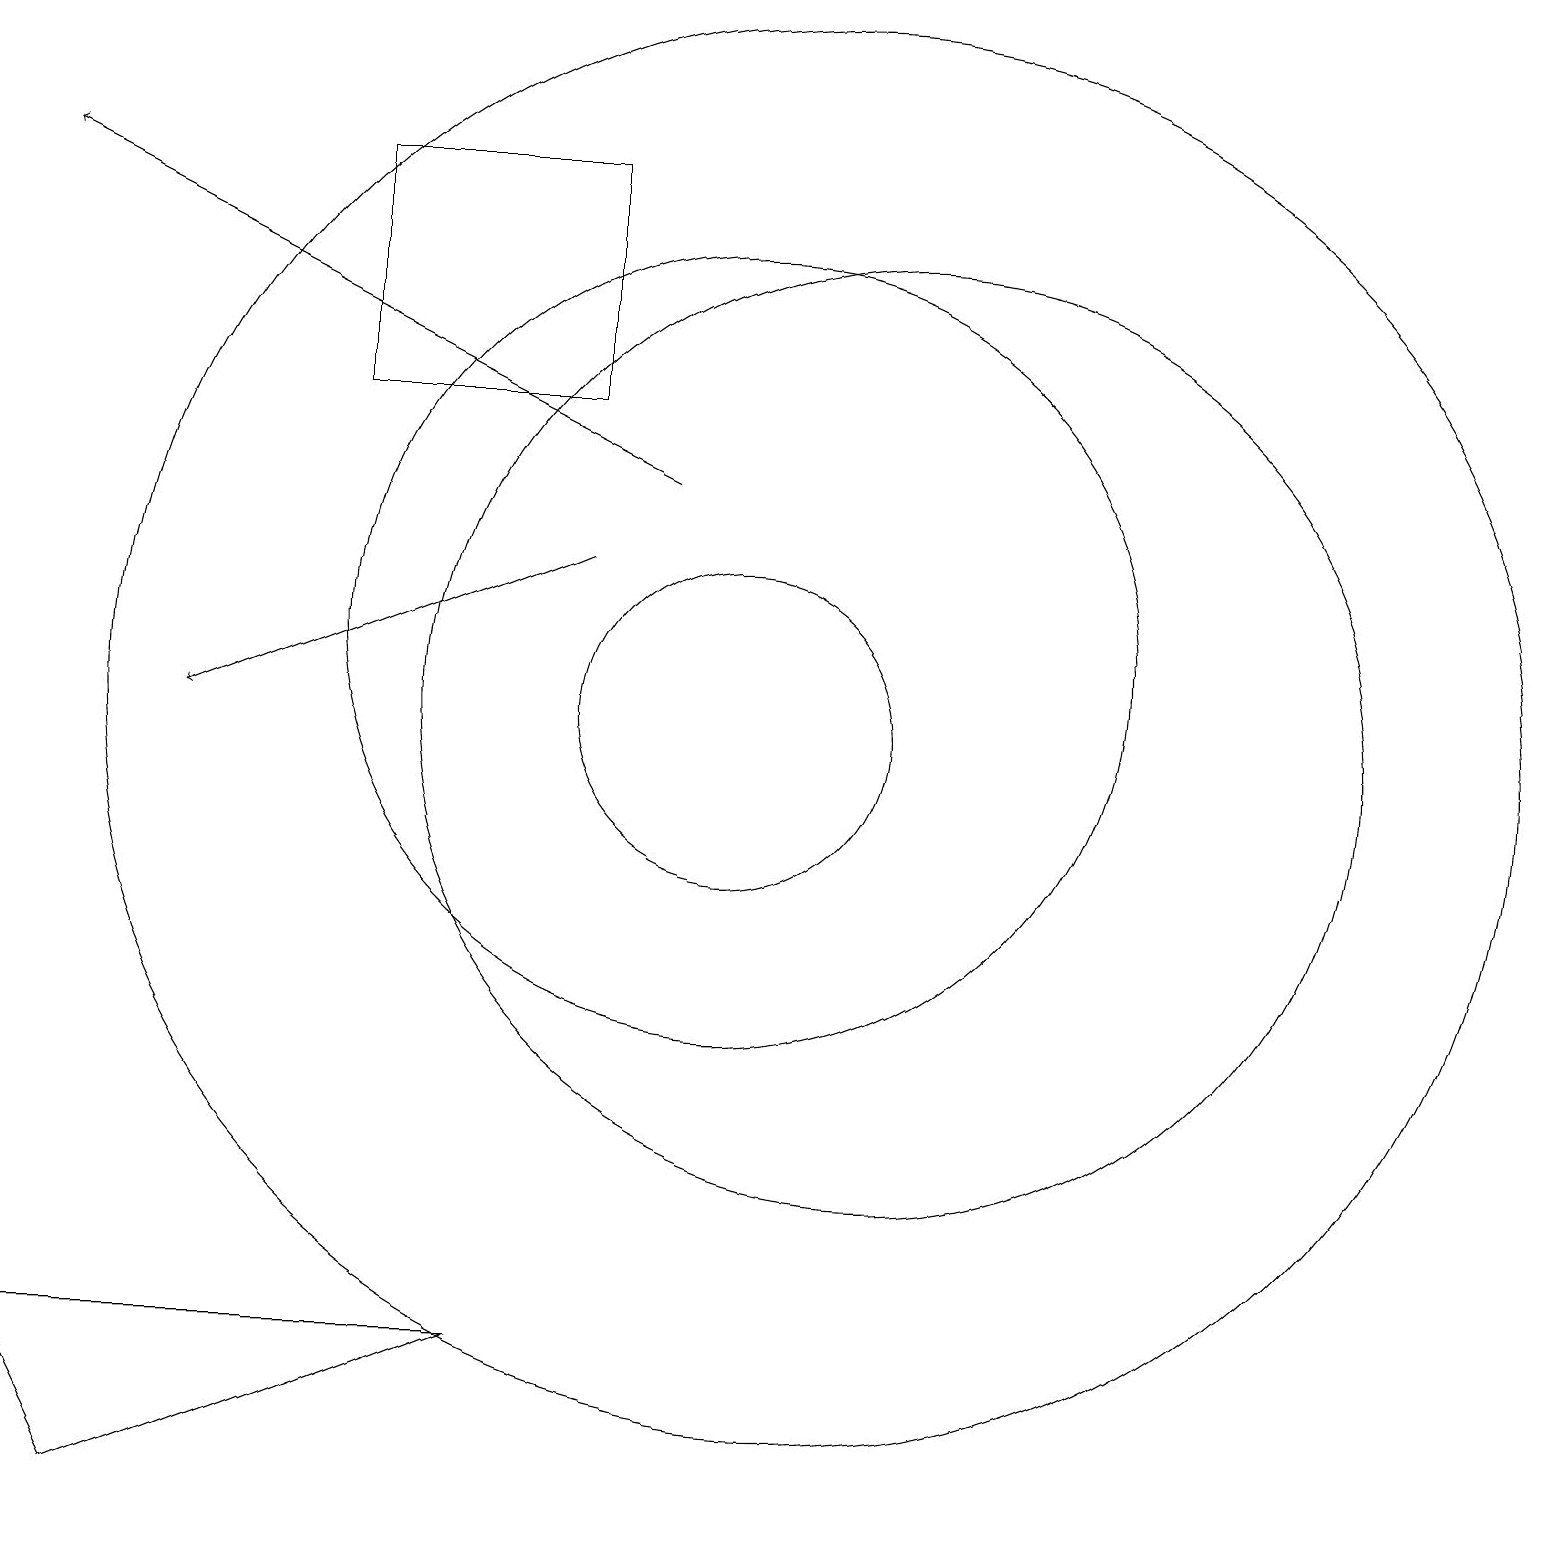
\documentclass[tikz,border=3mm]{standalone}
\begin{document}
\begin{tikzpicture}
\draw (11,10) circle (9);
\draw[->] (9,13) -- (1,17);
\draw (7,2) -- (1,2) -- (2,0) -- cycle;
\draw (10,11) circle (5);
\draw (12,10) circle (6);
\draw[->] (8,12) -- (3,10);
\draw (5,14) rectangle (8,17);
\draw (10,10) circle (2);
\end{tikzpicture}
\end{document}